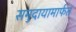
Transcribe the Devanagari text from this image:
समुदायामार्फत